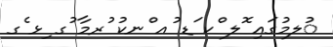
ުލމުގައި ޮލ ްކ ަޑ ުއ ްނކު ުރމާ ުގ ިޅ ެގ